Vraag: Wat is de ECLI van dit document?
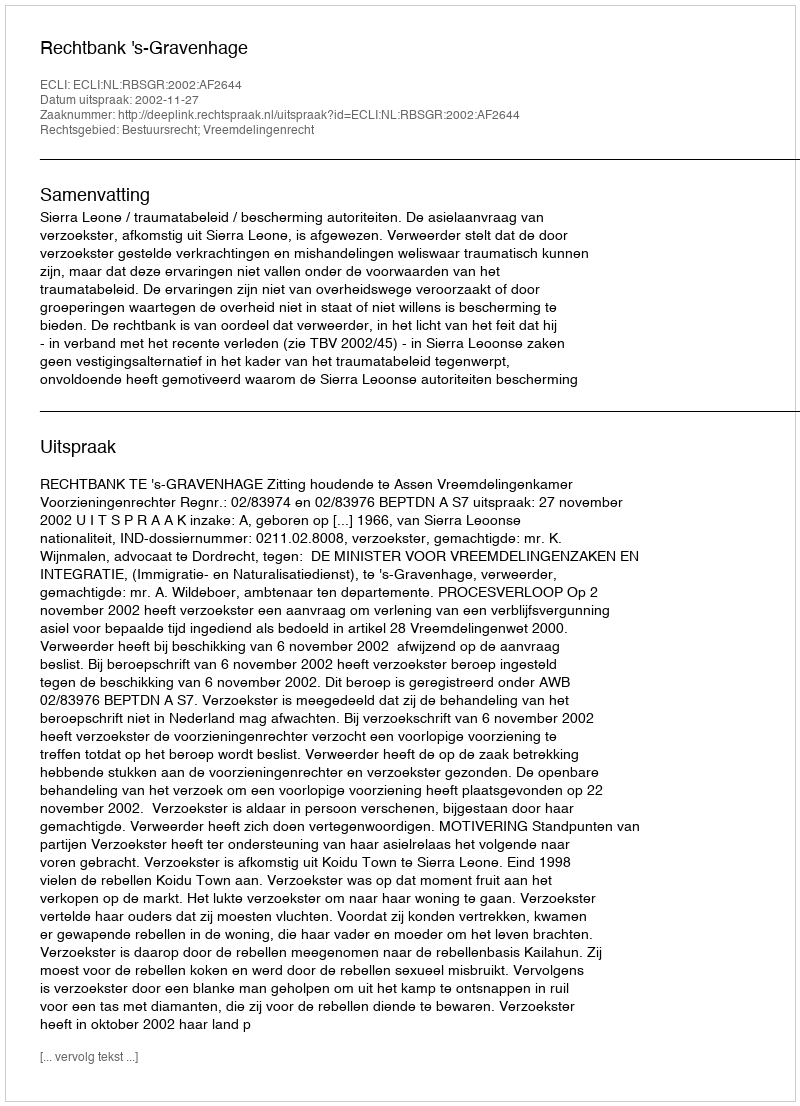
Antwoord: ECLI:NL:RBSGR:2002:AF2644